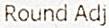
ROUND ADJ